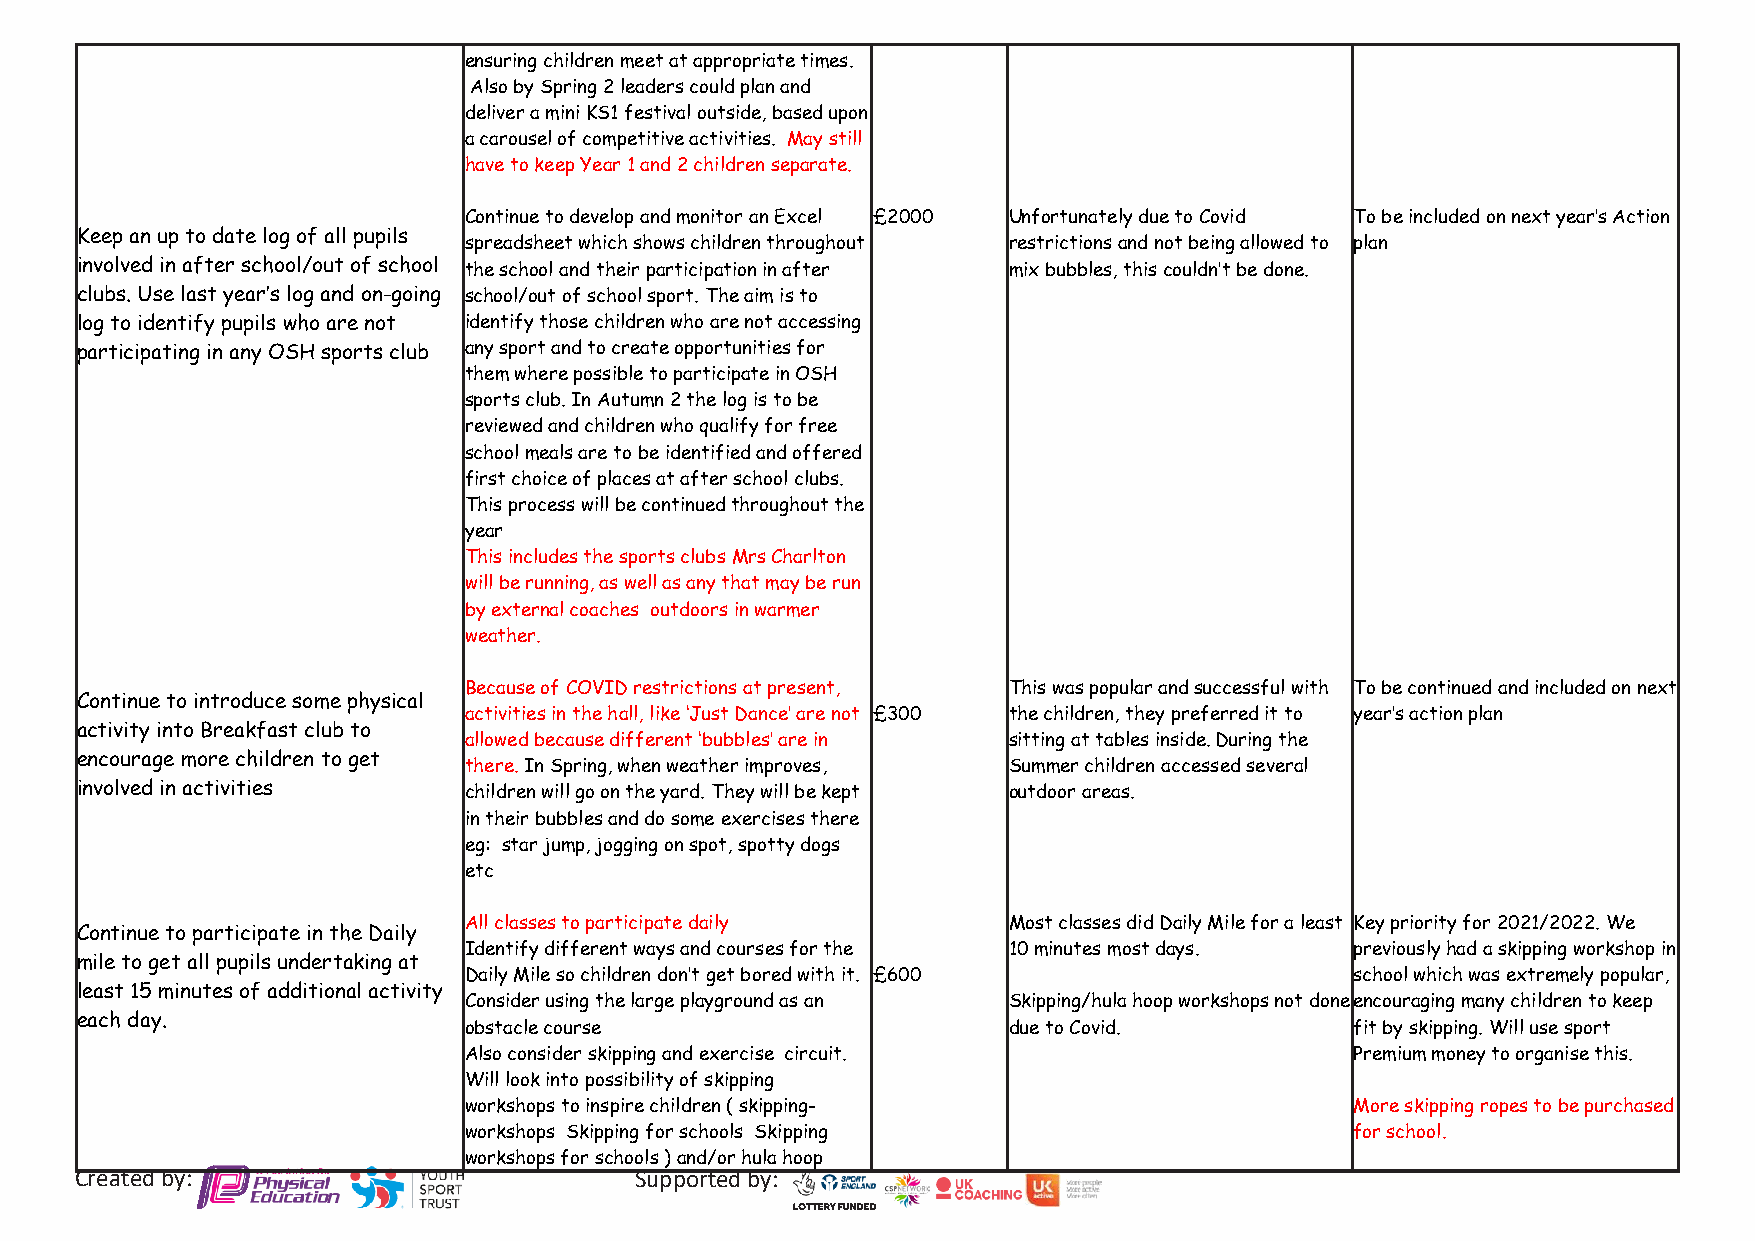
ensuring children meet at appropriate times.
 Also by Spring 2 leaders could plan and
 deliver a mini KS1 festival outside, based upon
 a carousel of competitive activities. May still
 have to keep Year 1 and 2 children separate.
 Continue to develop and monitor an Excel £2000 Unfortunately due to Covid To be included on next year’s Action
 Keep an up to date log of all pupils
 spreadsheet which shows children throughout restrictions and not being allowed to plan
 involved in after school/out of school the school and their participation in after mix bubbles, this couldn’t be done.
 clubs. Use last year’s log and on-going school/out of school sport. The aim is to
 log to identify pupils who are not identify those children who are not accessing
 participating in any OSH sports club any sport and to create opportunities for
 them where possible to participate in OSH
 sports club. In Autumn 2 the log is to be
 reviewed and children who qualify for free
 school meals are to be identified and offered
 first choice of places at after school clubs.
 This process will be continued throughout the
 year
 This includes the sports clubs Mrs Charlton
 will be running, as well as any that may be run
 by external coaches outdoors in warmer
 weather.
 Because of COVID restrictions at present, This was popular and successful with To be continued and included on next
 Continue to introduce some physical
 activities in the hall, like ‘Just Dance’ are not £300 the children, they preferred it to year’s action plan
 activity into Breakfast club to
 allowed because different ‘bubbles’ are in sitting at tables inside. During the
 encourage more children to get
 there. In Spring, when weather improves, Summer children accessed several
 involved in activities    children will go on the yard. They will be kept outdoor areas.
 in their bubbles and do some exercises there
 eg: star jump, jogging on spot, spotty dogs
 etc
 All classes to participate daily    Most classes did Daily Mile for a least Key priority for 2021/2022. We
 Continue to participate in the Daily
 Identify different ways and courses for the 10 minutes most days. previously had a skipping workshop in
 mile to get all pupils undertaking at
 Daily Mile so children don’t get bored with it. £600       school which was extremely popular,
 least 15 minutes of additional activity
 Consider using the large playground as an Skipping/hula hoop workshops not done encouraging many children to keep
 each day.
 obstacle course                     due to Covid.          fit by skipping. Will use sport
 Also consider skipping and exercise circuit.               Premium money to organise this.
 Will look into possibility of skipping
 workshops to inspire children ( skipping-                  More skipping ropes to be purchased
 workshops Skipping for schools Skipping                    for school.
 workshops for schools ) and/or hula hoop
 Created by:                          Supported by: